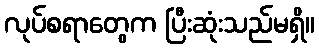
လုပ်စရာတွေက ပြီးဆုံးသည်မရှိ။